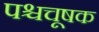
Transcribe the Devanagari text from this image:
पश्चचूषक